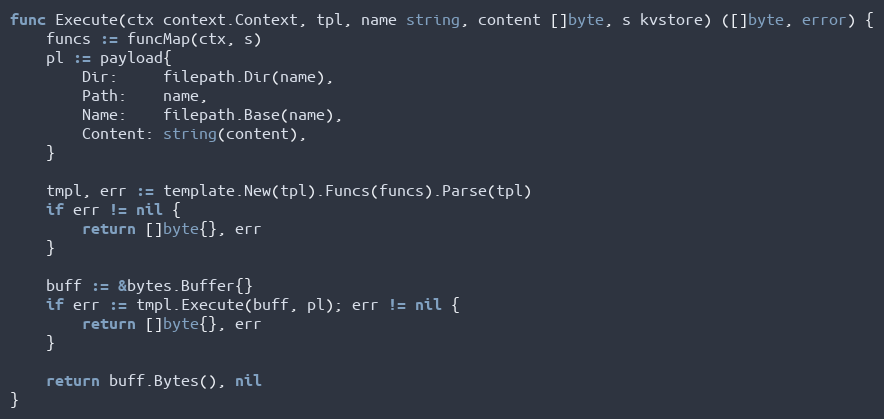
Language: Go
func Execute(ctx context.Context, tpl, name string, content []byte, s kvstore) ([]byte, error) {
	funcs := funcMap(ctx, s)
	pl := payload{
		Dir:     filepath.Dir(name),
		Path:    name,
		Name:    filepath.Base(name),
		Content: string(content),
	}

	tmpl, err := template.New(tpl).Funcs(funcs).Parse(tpl)
	if err != nil {
		return []byte{}, err
	}

	buff := &bytes.Buffer{}
	if err := tmpl.Execute(buff, pl); err != nil {
		return []byte{}, err
	}

	return buff.Bytes(), nil
}